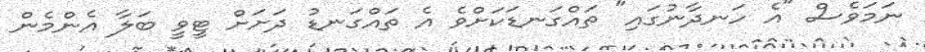
ނަމަވެސް "އެ ހަނދާނުގައި" ތައްގަނޑަކަށްވެ އެ ތައްގަނޑު ދަށަށް ޓީވީ ބަލާ އެންމެން